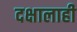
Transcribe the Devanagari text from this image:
दक्षालाही